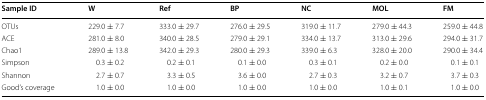
| Sample ID | W | Ref | BP | NC | MOL | FM |
 | --- | --- | --- | --- | --- | --- | --- |
 | OTUs | 229.0 ± 7.7 | 333.0 ± 29.7 | 276.0 ± 29.5 | 319.0 ± 11.7 | 279.0 ± 44.3 | 259.0 ± 44.8 |
 | ACE | 281.0 ± 8.0 | 340.0 ± 28.5 | 279.0 ± 29.1 | 334.0 ± 13.7 | 313.0 ± 29.6 | 294.0 ± 31.7 |
 | Chao1 | 289.0 ± 13.8 | 342.0 ± 29.3 | 280.0 ± 29.3 | 339.0 ± 6.3 | 328.0 ± 20.0 | 290.0 ± 34.4 |
 | Simpson | 0.3 ± 0.2 | 0.2 ± 0.1 | 0.1 ± 0.0 | 0.3 ± 0.1 | 0.2 ± 0.0 | 0.1 ± 0.1 |
 | Shannon | 2.7 ± 0.7 | 3.3 ± 0.5 | 3.6 ± 0.0 | 2.7 ± 0.3 | 3.2 ± 0.7 | 3.7 ± 0.3 |
 | Good’s coverage | 1.0 ± 0.0 | 1.0 ± 0.0 | 1.0 ± 0.0 | 1.0 ± 0.0 | 1.0 ± 0.1 | 1.0 ± 0.0 |